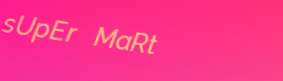
sUpEr MaRt